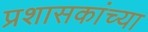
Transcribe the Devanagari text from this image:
प्रशासकांच्या